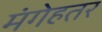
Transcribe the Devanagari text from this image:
मंगेहतर